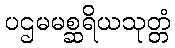
ပဌမမစ္ဆရိယသုတ္တံ